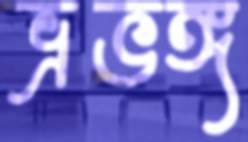
ভ্রুভঙ্গ